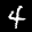
Label: 4